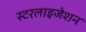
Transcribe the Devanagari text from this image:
स्टरलाइजेशन